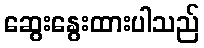
ဆွေးနွေးထားပါသည်